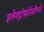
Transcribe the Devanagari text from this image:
इलेक्ट्रोफोरेसीनने